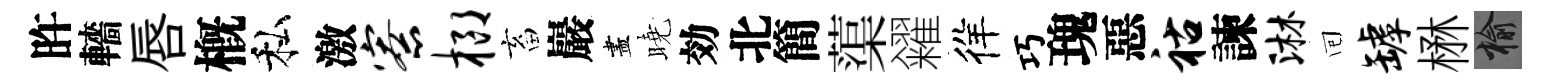
旿轖唇槪私激寮榔畜巖盡曉効北簡蕖糴徉巧瑰惡祜諫淋囘罅楙榆